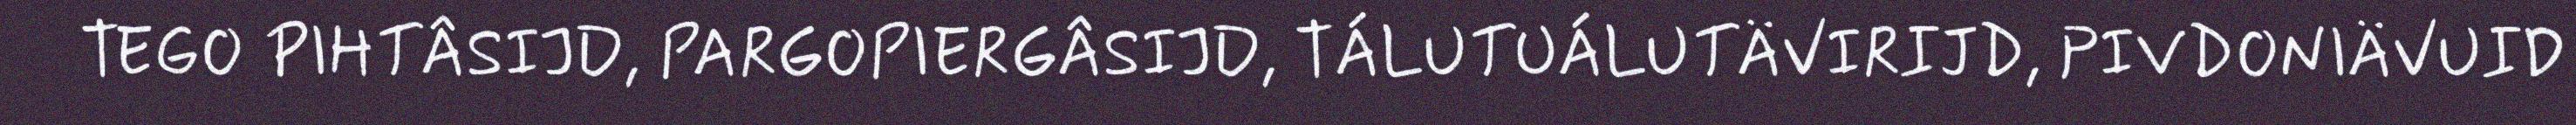
TEGO PIHTÂSIJD, PARGOPIERGÂSIJD, TÁLUTUÁLUTÄVIRIJD, PIVDONIÄVUID